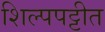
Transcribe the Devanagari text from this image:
शिल्पपट्टीत